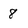
Character: 8